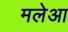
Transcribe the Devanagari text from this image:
मलेआ